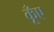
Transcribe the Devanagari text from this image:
कूँए